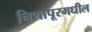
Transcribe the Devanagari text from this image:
निशापूरमधील